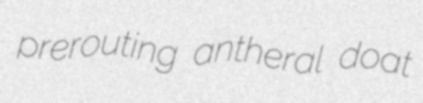
prerouting antheral doat